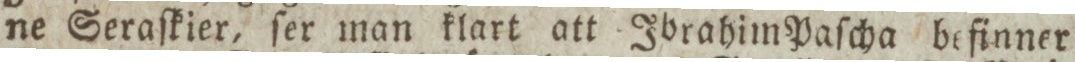
ne Seraſkier, ſer man klart att Ibrahim Paſcha befinner